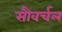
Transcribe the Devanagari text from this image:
सौवर्चल